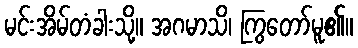
မင်းအိမ်တံခါးသို့။ အဂမာသိ၊ ကြွတော်မူ၏။